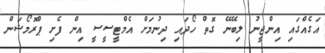
އަގެއްގައި އިންޖީނު ލިބޭނޭ ގޮތް ހޯދައި ދިނުމަށް އެމްޓީސީސީ އިން ފެށި ޕްރޮމޯޝަން